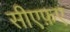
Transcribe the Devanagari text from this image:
सीएफ़ए